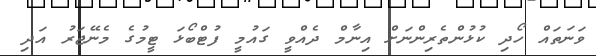
ވަނަތައް ހޯދި ކުޅުންތެރިންނަށް އިނާމް ދެއްވީ ގައުމީ ފުޓްބޯޅަ ޓީމުގެ މެނޭޖަރު އަދި